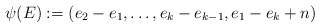
\begin{align*}\psi(E):=(e_2-e_1,\ldots,e_k-e_{k-1},e_1-e_k+n)\end{align*}